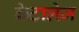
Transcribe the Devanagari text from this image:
केटालेज